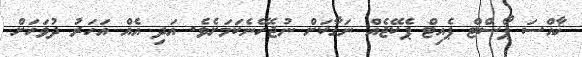
ޚާއްސަ ޕޯސްޓް ޕެއިޓް ޕެކޭޖެއް ނަގާކަށް ނުޖެހޭނެކަމަށެވެ. އަދި އެއް އަހަރު ދުވަހަށް